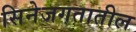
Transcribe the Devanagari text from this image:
सिनेजगतातील